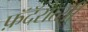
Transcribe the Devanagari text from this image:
फ़ॅदॅरात्सी